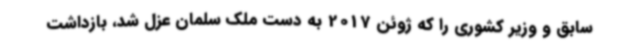
سابق و وزیر کشوری را که ژوئن 2017 به دست ملک سلمان عزل شد، بازداشت